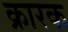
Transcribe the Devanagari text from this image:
क्रारक